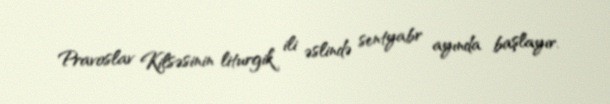
Pravoslav Kilsəsinin liturgik ili əslində sentyabr ayında başlayır.